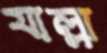
যাল্লা